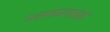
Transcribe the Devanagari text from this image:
रत्नाकरशांती